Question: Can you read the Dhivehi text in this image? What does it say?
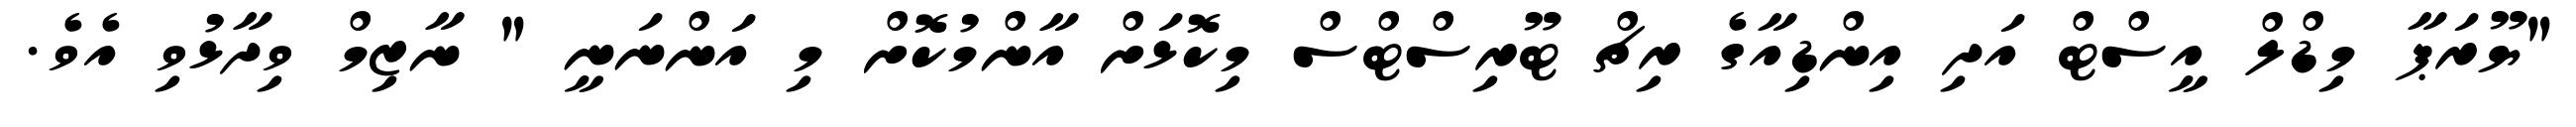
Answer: "ޔޫރަޕާ މިޑްލް އީސްޓް އަދި އިންޑިއާގެ ރިޗް ޓޫރިސްޓްސް މިކޮޅަށް އާންމުކޮށް މި އަންނަނީ " ނާޒިމް ވިދާޅުވި އެވެ.